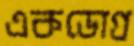
একডোগ্র